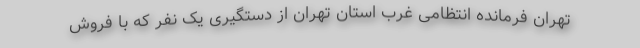
تهران فرمانده انتظامی غرب استان تهران از دستگیری یک نفر که با فروش